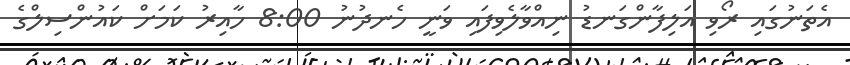
އެތަނުގައި ރޯވި އަލިފާންގަނޑު ނިއްވާލެވިފައި ވަނީ ހެނދުނު 8:00 ހާއިރު ކަމަށް ކައުންސިލްގެ